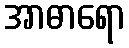
အာဓာရော